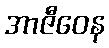
အာဇီဝေန